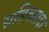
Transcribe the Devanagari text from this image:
सहिब्ज़ादा